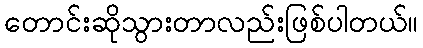
တောင်းဆိုသွားတာလည်းဖြစ်ပါတယ်။